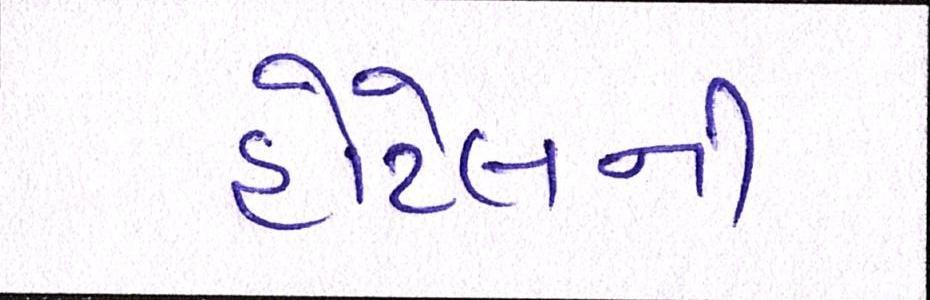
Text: હોટેલની